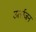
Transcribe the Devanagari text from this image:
उर्त्सजन